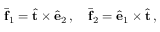
\bar { \bf f } _ { 1 } = \hat { \bf t } \times \hat { \bf e } _ { 2 } \, , \quad \bar { \bf f } _ { 2 } = \hat { \bf e } _ { 1 } \times \hat { \bf t } \, ,